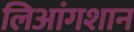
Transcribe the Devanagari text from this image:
लिआंगशान